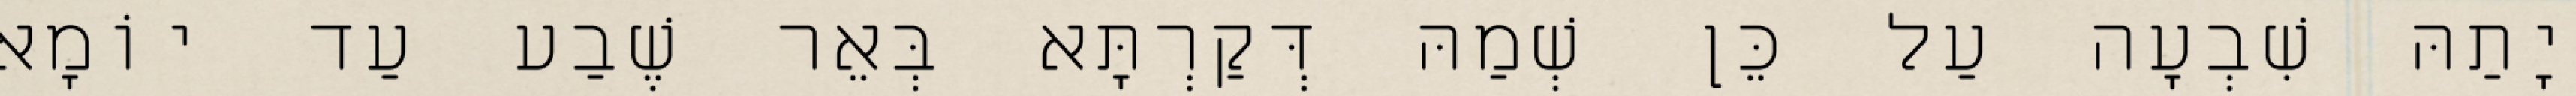
יָתַהּ שִׁבְעָה עַל כֵּן שְׁמַהּ דְּקַרְתָּא בְּאֵר שֶׁבַע עַד יוֹמָא